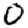
Digit: 0